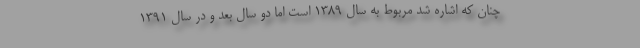
چنان که اشاره شد مربوط به سال 1389 است اما دو سال بعد و در سال 1391